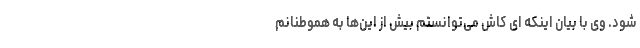
شود. وی با بیان اینکه ای کاش می‌توانستم بیش از این‌ها به هموطنانم